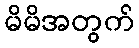
မိမိအတွက်